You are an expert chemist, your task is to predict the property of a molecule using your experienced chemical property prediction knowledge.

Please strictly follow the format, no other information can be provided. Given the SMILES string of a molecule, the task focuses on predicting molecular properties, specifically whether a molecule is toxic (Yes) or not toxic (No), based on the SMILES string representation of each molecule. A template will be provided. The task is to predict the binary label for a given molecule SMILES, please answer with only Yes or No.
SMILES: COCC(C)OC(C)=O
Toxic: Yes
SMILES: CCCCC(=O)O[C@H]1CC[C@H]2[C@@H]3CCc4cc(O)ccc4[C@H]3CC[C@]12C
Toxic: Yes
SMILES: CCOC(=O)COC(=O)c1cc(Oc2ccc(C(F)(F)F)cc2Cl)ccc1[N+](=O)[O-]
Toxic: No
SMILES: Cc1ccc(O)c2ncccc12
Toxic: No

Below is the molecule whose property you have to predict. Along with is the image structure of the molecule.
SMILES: C1CNCCN1
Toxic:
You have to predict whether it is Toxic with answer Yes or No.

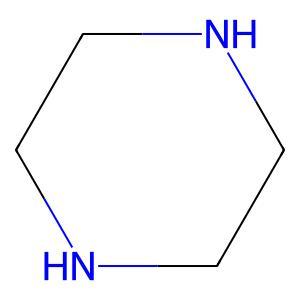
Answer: No